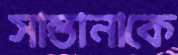
সান্তানাকে